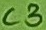
Text: C3